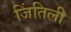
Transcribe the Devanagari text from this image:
जिंतिली